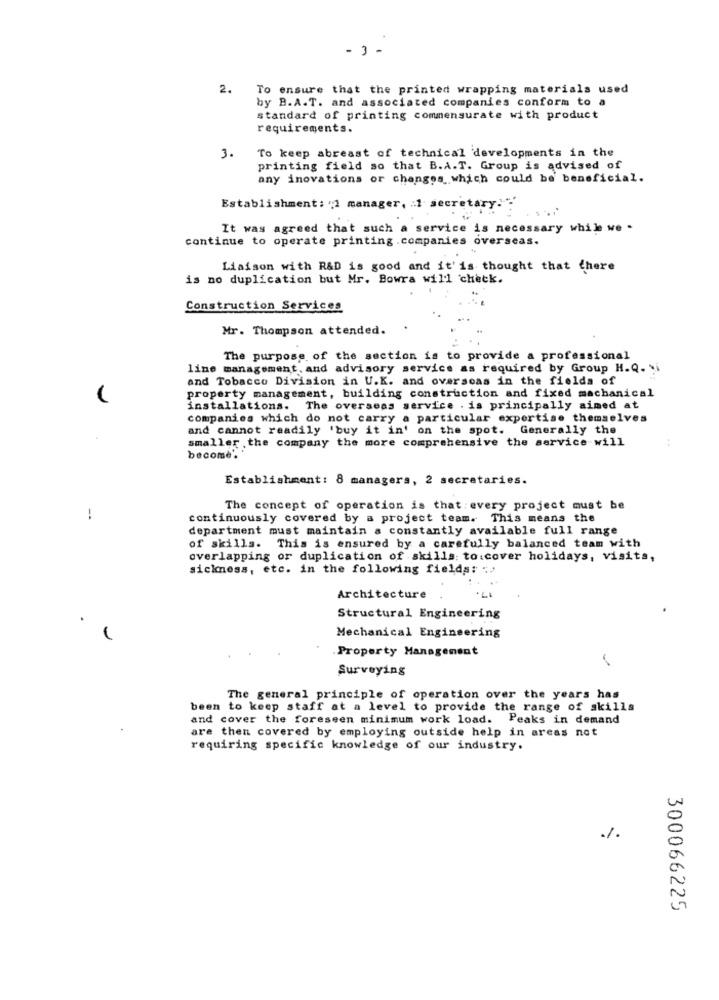
- 3 -
2.
To ensure that the printed wrapping materials used
by B.A.T. and associated companies conform to a
standard of printing commensurate with product
requirements.
To keep abreast of technical developments in the
3.
printing field so that B.A.T. Group is advised of
any inovations or changes which could be beneficial.
Establishment: "1 manager, : 1 secretary: "
It was agreed that such a service is necessary while we .
continue to operate printing .companies overseas.
Liaison with R&D is good and it'is thought that there
is no duplication but Mr. Bowra will check.
Construction Services
Mr. Thompson attended.
The purpose of the section is to provide a professional
line management, and advisory service as required by Group H.Q. i
and Tobacco Division in U.K. and overseas in the fields of
property management, building construction and fixed machanical
installations. The overseas service . is principally aimed at
companies which do not carry a particular expertise themselves
and cannot readily 'buy it in' on the spot. Generally the
smaller , the company the more comprehensive the service will
become'.'
Establishment: 8 managers, 2 secretaries.
The concept of operation is that every project must be
!
continuously covered by a project team. This means the
department must maintain a constantly available full range
of skills. This is ensured by a carefully balanced team with
overlapping or duplication of skills: to cover holidays, visits,
sickness, etc. in the following fields: ;
Architecture
Structural Engineering
Mechanical Engineering
.Property Management
Surveying
The general principle of operation over the years has
been to keep staff at a level to provide the range of skills
and cover the foreseen minimum work load. Peaks in demand
are then covered by employing outside help in areas not
requiring specific knowledge of our industry.
300066225